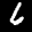
Label: 6